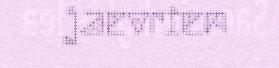
jaevrien